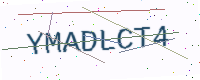
Text: YMADLCT4